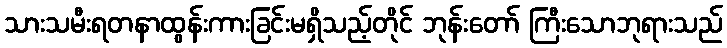
သားသမီးရတနာထွန်းကားခြင်းမရှိသည့်တိုင် ဘုန်းတော် ကြီးသောဘုရားသည်